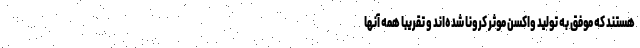
هستند که موفق به تولید واکسن موثر کرونا شده‌اند و تقریبا همه آنها